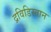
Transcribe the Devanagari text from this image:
द्रविडिस्तान